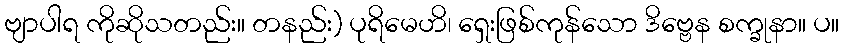
ဗျာပါရ ကိုဆိုသတည်း။ တနည်း) ပုရိမေဟိ၊ ရှေးဖြစ်ကုန်သော ဒိဗ္ဗေန စက္ခုနာ။ ပ။